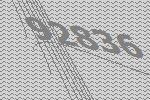
92836